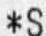
*S